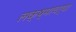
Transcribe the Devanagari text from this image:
लक्ष्माचर्या